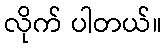
လိုက် ပါတယ်။